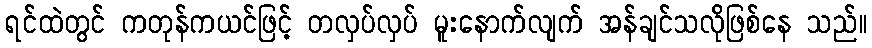
ရင်ထဲတွင် ကတုန်ကယင်ဖြင့် တလှပ်လှပ် မူးနောက်လျက် အန်ချင်သလိုဖြစ်နေ သည်။